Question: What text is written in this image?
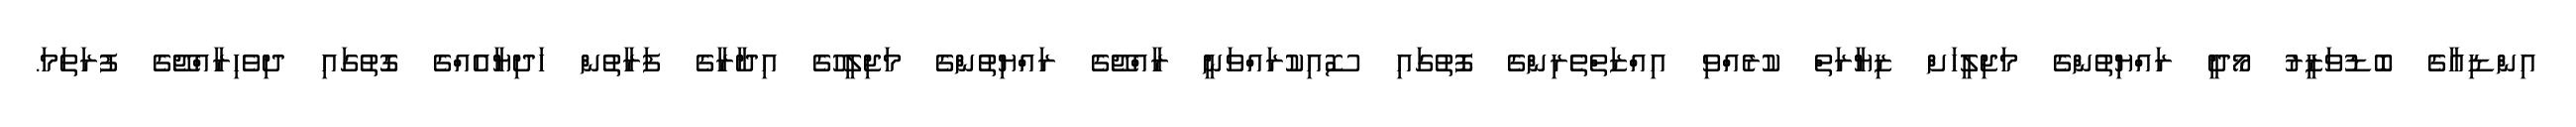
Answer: އިންޑިއާގެ ބޮޑުވަޒީރު މޯދީ ރައްޔިތުންގެ މަޖިލީހަށް ޒިޔާރަތް ކުރެއްވި އިއްޒަތްތެރިންގެ ފޮތުގައި ސޮއިކުރައްވަނީ ރާއްޖޭގެ ރައްޔިތުންގެ މަޖިލީހުގެ އިދާރާގެ ފަރާތުން ހަދިޔާއެއްގެ ގޮތުގައި ދިވެހިރާއްޖޭގެ ފުރަތަމަ.